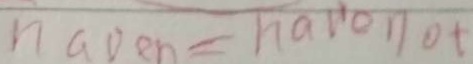
n a D e n = h a n o t